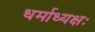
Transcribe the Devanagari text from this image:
धर्माध्यक्षः